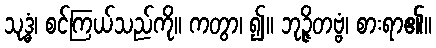
သုဒ္ဓံ၊ စင်ကြယ်သည်ကို။ ကတွာ၊ ၍။ ဘုဉ္ဇိတဗ္ဗံ၊ စားရာ၏။